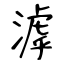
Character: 滹